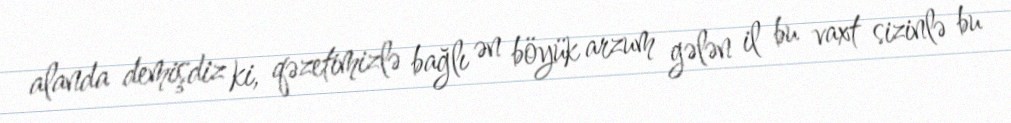
alanda demişdiz ki, qəzetimizlə bağlı ən böyük arzum gələn il bu vaxt sizinlə bu